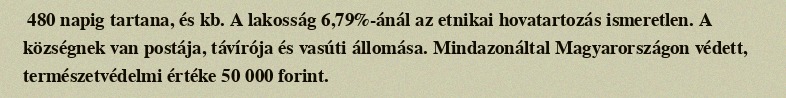
480 napig tartana, és kb. A lakosság 6,79%-ánál az etnikai hovatartozás ismeretlen. A községnek van postája, távírója és vasúti állomása. Mindazonáltal Magyarországon védett, természetvédelmi értéke 50 000 forint.